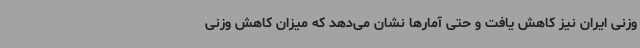
وزنی ایران نیز کاهش یافت و حتی آمارها نشان می‌دهد که میزان کاهش وزنی